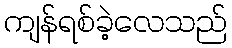
ကျန်ရစ်ခဲ့လေသည်